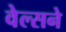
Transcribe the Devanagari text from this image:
वेल्सने